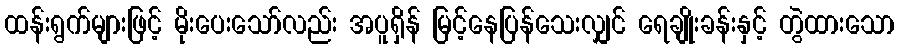
ထန်းရွက်များဖြင့် မိုးပေးသော်လည်း အပူရှိန် မြင့်နေပြန်သေးလျှင် ရေချိုးခန်းနှင့် တွဲထားသော